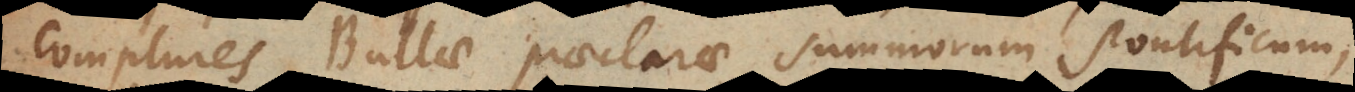
complures Bullae praeclarae summorum pontificum,